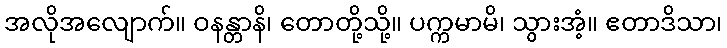
အလိုအလျောက်။ ဝနန္တာနိ၊ တောတို့သို့။ ပက္ကမာမိ၊ သွားအံ့။ ဧတာဒိသာ၊